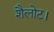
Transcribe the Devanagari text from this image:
शैलोट।